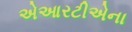
એઆરટીએના